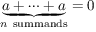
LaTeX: \underbrace { a + \cdots + a } _ { n { \mathrm { ~ s u m m a n d s } } } = 0